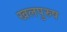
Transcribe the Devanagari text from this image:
खलपुरुष